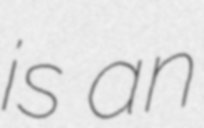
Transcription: is an